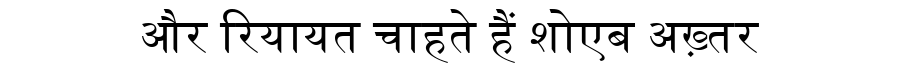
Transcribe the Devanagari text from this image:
और रियायत चाहते हैं शोएब अख़्तर